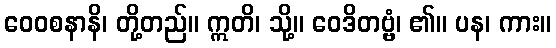
ဝေဝစနာနိ၊ တို့တည်။ ဣတိ၊ သို့။ ဝေဒိတဗ္ဗံ၊ ၏။ ပန၊ ကား။